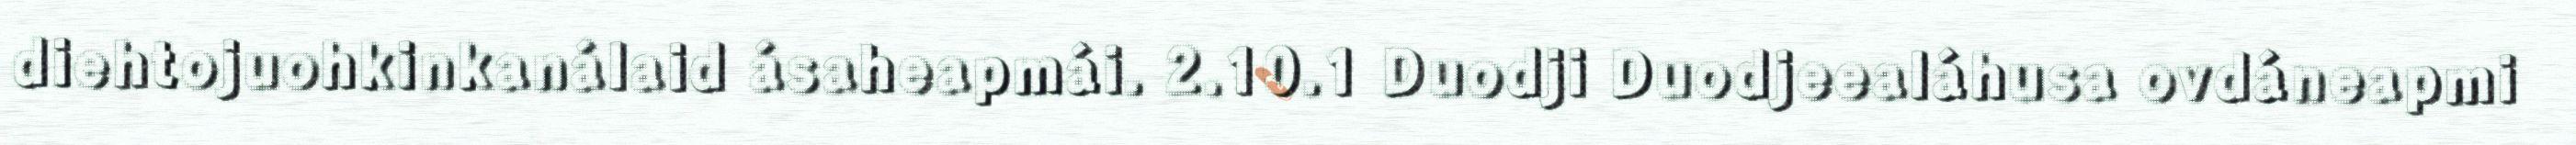
diehtojuohkinkanálaid ásaheapmái. 2.10.1 Duodji Duodjeealáhusa ovdáneapmi